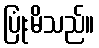
ပြုံးမိသည်။